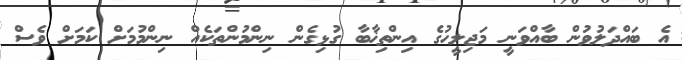
އެ ބައްދަލުވުން ބާއްވަނީ މަޖިލީހުގެ އިންތިޚާބާ ގުޅިގެން ނިންމުންތަކެއް ނިންމުމަށް ކަމަށް ވެސް